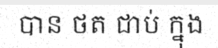
បាន ថត ជាប់ ក្នុង